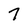
Character: 7